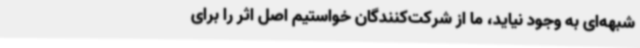
شبهه‌ای به وجود نیاید، ما از شرکت‌کنندگان خواستیم اصل اثر را برای